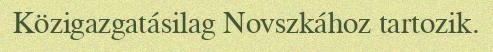
Közigazgatásilag Novszkához tartozik.